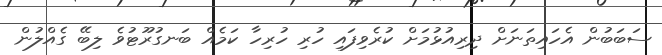
ސަބަބުން އެހައިތަނަށް ދިރިއުޅުމަށް ކުރެވިފައި ހުރި ހުރިހާ ކަމެއް ބަނގުރޫޓުވެ ލިބޭ ގެއްލުން